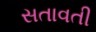
સતાવતી